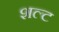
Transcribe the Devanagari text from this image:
शल्ट